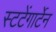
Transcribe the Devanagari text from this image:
स्टटेंगार्टेन